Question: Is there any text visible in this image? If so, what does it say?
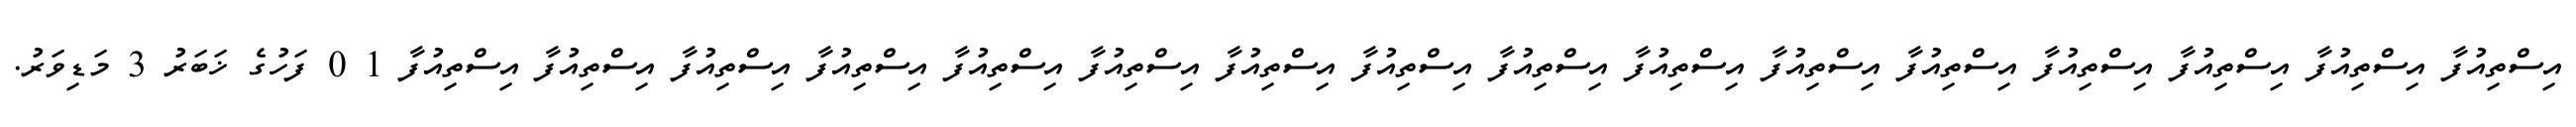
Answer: އިސްތިއުފާ އިސްތިއުފާ އިސްތިއުފާ އިސްތިއުފާ އިސްތިއުފާ އިސްތިއުފާ އިސްތިއުފާ އިސްތިއުފާ އިސްތިއުފާ އިސްތިއުފާ އިސްތިއުފާ އިސްތިއުފާ އިސްތިއުފާ އިސްތިއުފާ އިސްތިއުފާ އިސްތިއުފާ 1 0 ފަހުގެ ޚަބަރު 3 މަޑިވަރު.